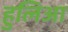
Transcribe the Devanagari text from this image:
हुलिआ